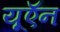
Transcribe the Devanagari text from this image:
यूऍन